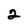
Character: 2